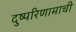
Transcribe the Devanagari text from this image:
दुष्परिणामाची